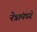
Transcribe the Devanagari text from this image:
नेत्रांमध्ये